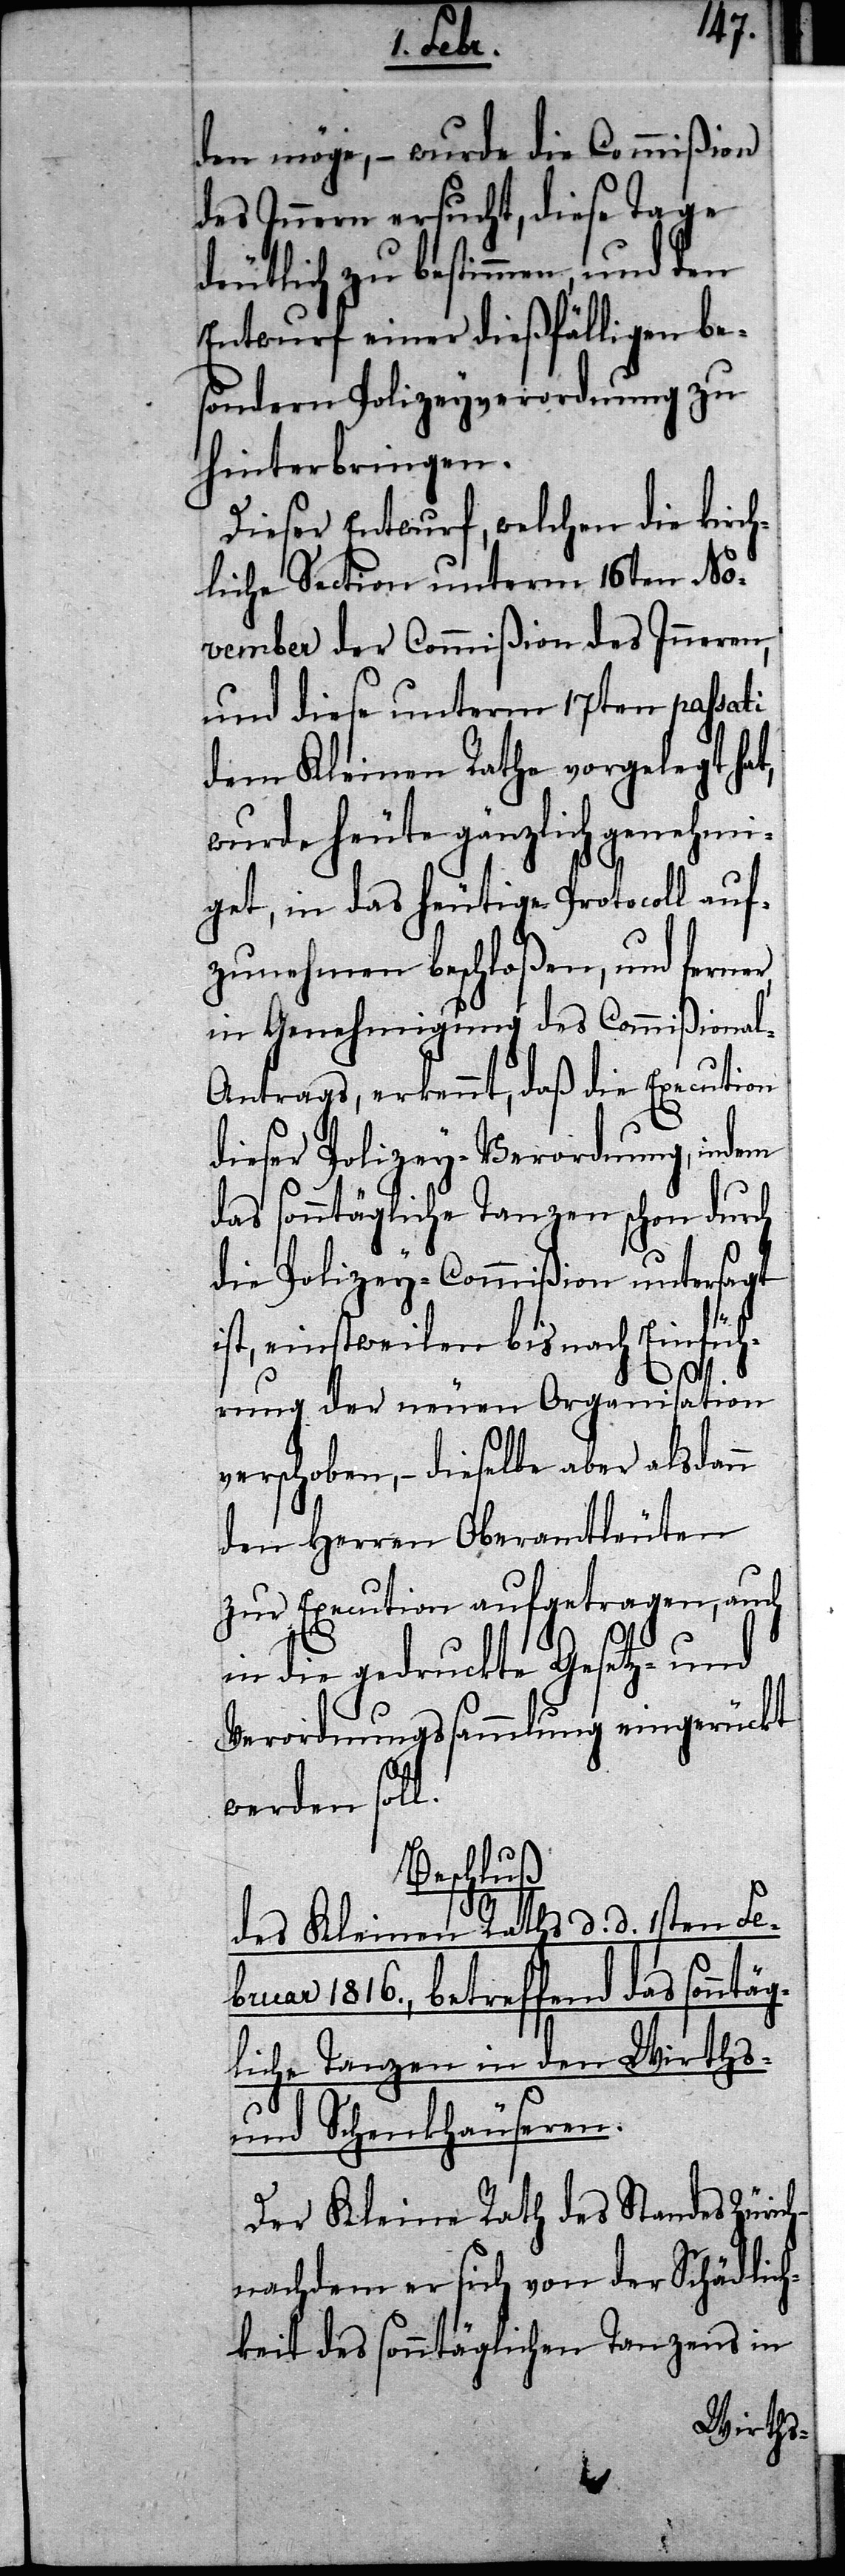
den möge, – wurde die Commißion
des Innern ersucht, diese Tage
deutlich zu bestimmen, und den
Entwurf einer dießfälligen be¬
sondern Policeyverordnung zu
hinterbringen.
Dieser Entwurf, welchen die kirch¬
liche Section unterm 16ten No¬
vember der Commißion des Inneren,
und diese unterm 17ten passati
dem Kleinen Rathe vorgelegt hat,
wurde heute gänzlich genehmi¬
get, in das heutige Protocoll auf¬
zunehmen beschloßen, und ferne¬
in Genehmigung des Commißional-A¬
ntrags, erkennt, daß die Execution
dieser Policey-Verordnung, indem
das sonntägliche Tanzen schon durch
Policey-Commißion untersagt
ist, einstweilen bis nach Einfüh¬
rung der neuen Organisation
verschoben, – dieselbe aber alsdann
den Herren Oberamtleuten
zur Execution aufgetragen, auch
gliche
in die gedruckte Gesetz- und
Verordnungssammlung eingerückt
werden soll.
Beschluß
des Kleinen Raths d. d. 1sten Fe¬
1816., betreffend das sonntä¬
und Schenkhäuseren.
Der Kleine Rath des Standes Zürich
nachdem er sich von der Schädlich¬
keit des sonntäglichen Tanzens in
Wirts-
den